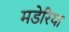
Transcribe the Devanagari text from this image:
मडेरिया